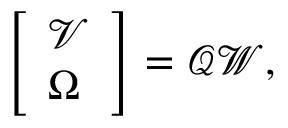
\left[ \begin{array} { l } { \boldsymbol { \mathcal { V } } } \\ { \boldsymbol { \Omega } } \end{array} \right] = \boldsymbol { \mathcal { Q } } \boldsymbol { \mathcal { W } } ,